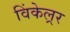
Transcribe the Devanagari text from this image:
विंकेल्रर